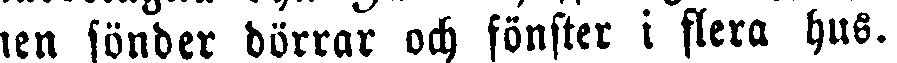
nen sönder dörrar och fönster i flera hus.